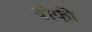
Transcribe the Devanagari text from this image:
त्रोफी